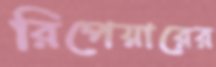
রিপেয়ারের